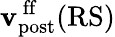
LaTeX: {\mathbf{v}}_{\mathrm{post}}^{\mathrm{\, ff}}(\mathrm{RS})